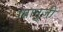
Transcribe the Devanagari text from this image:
ग्यानुजी